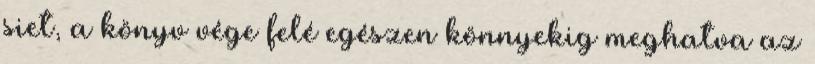
siet, a könyv vége felé egészen könnyekig meghatva az